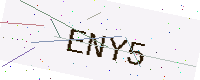
Text: ENY5